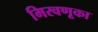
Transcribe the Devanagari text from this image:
मिरवणूका